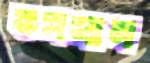
ভসমান